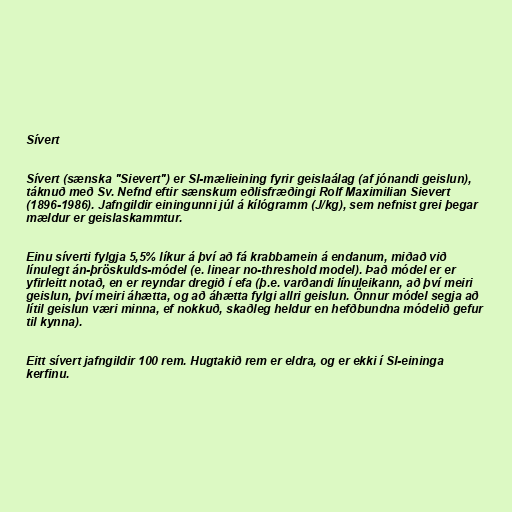
Sívert

Sívert (sænska "Sievert") er SI-mælieining fyrir geislaálag (af jónandi geislun),
táknuð með Sv. Nefnd eftir sænskum eðlisfræðingi Rolf Maximilian Sievert
(1896-1986). Jafngildir einingunni júl á kílógramm (J/kg), sem nefnist grei þegar
mældur er geislaskammtur.

Einu síverti fylgja 5,5% líkur á því að fá krabbamein á endanum, miðað við
línulegt án-þröskulds-módel (e. linear no-threshold model). Það módel er er
yfirleitt notað, en er reyndar dregið í efa (þ.e. varðandi línuleikann, að því meiri
geislun, því meiri áhætta, og að áhætta fylgi allri geislun. Önnur módel segja að
lítil geislun væri minna, ef nokkuð, skaðleg heldur en hefðbundna módelið gefur
til kynna).

Eitt sívert jafngildir 100 rem. Hugtakið rem er eldra, og er ekki í SI-eininga
kerfinu.